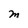
Character: M